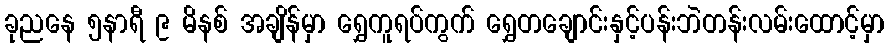
ခုညနေ ၅နာရီ ၉ မိနစ် အချိန်မှာ ရွှေကူရပ်ကွက် ရွှေတချောင်းနှင့်ပန်းဘဲတန်းလမ်းထောင့်မှာ